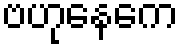
ဗဟုနေကေ